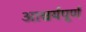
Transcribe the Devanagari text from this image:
आश्चर्यपूर्ण